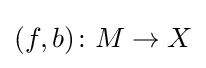
(f,b)\colon M\to X